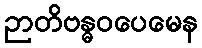
ဉာတိဗန္ဓဝပေမေန